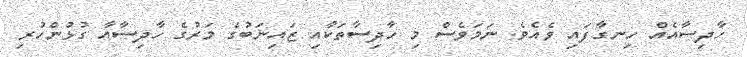
ހާދިސާއެއް ހިނގާފައި ވެއެވެ. ނަމަވެސް މި ހާދިސާތަކާއި ޒައިނަބުގެ މަރުގެ ހާދިސާއާ ގުޅުންހުރި